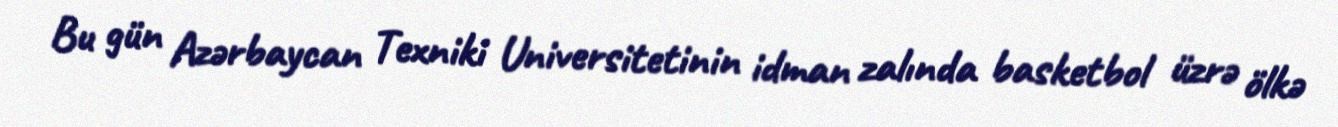
Bu gün Azərbaycan Texniki Universitetinin idman zalında basketbol üzrə ölkə